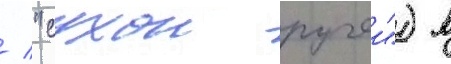
/ "сухои ручеи") в